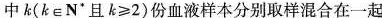
中k($$k\in N^{*}$$且$$k\geq 2$$)份血液样本分别取样混合在一起